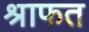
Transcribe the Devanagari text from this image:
श्राफत